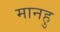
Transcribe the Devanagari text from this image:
मानहु